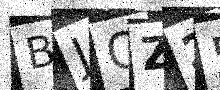
Text: BJOZ25